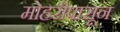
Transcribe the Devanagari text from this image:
मोहरीपासून